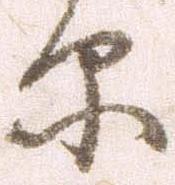
原